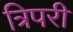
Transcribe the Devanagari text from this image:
त्रिपरी